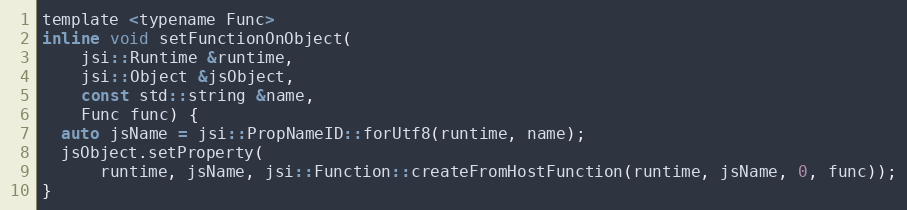
Language: C
template <typename Func>
inline void setFunctionOnObject(
    jsi::Runtime &runtime,
    jsi::Object &jsObject,
    const std::string &name,
    Func func) {
  auto jsName = jsi::PropNameID::forUtf8(runtime, name);
  jsObject.setProperty(
      runtime, jsName, jsi::Function::createFromHostFunction(runtime, jsName, 0, func));
}